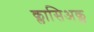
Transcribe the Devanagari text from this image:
क्लासिअक्ल